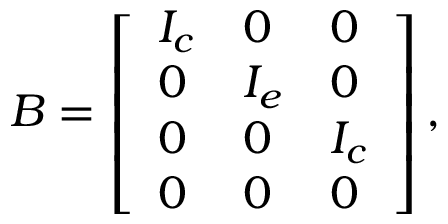
\boldsymbol { B } = \left[ \begin{array} { l l l } { \boldsymbol { I _ { c } } } & { \boldsymbol { 0 } } & { \boldsymbol { 0 } } \\ { \boldsymbol { 0 } } & { \boldsymbol { I _ { e } } } & { \boldsymbol { 0 } } \\ { \boldsymbol { 0 } } & { \boldsymbol { 0 } } & { \boldsymbol { I _ { c } } } \\ { \boldsymbol { 0 } } & { \boldsymbol { 0 } } & { \boldsymbol { 0 } } \end{array} \right] ,